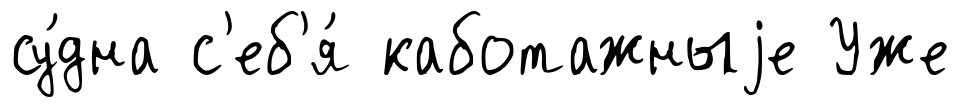
су́дна с'еб'я́ каботажныjе Уже